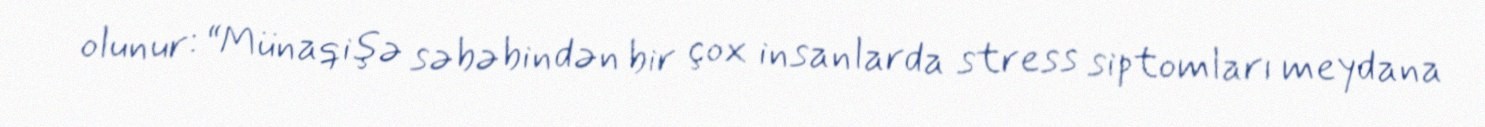
olunur: “Münaqişə səbəbindən bir çox insanlarda stress siptomları meydana